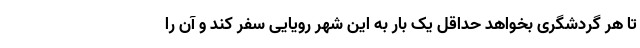
تا هر گردشگری بخواهد حداقل یک بار به این شهر رویایی سفر کند و آن را